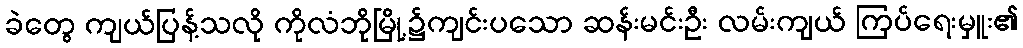
ခဲတွေ ကျယ်ပြန့်သလို ကိုလံဘိုမြို့၌ကျင်းပသော ဆန်းမင်းဦး လမ်းကျယ် ကြပ်ရေးမှူး၏